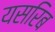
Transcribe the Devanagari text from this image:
यसरिब